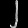
Digit: ၂